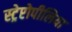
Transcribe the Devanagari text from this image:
स्ट्रेप्टोपीलिया